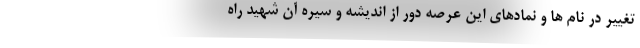
تغییر در نام ها و نمادهای این عرصه دور از اندیشه و سیره آن شهید راه